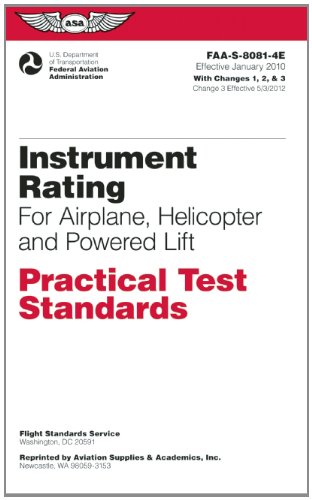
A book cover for Instrument Rating Practical Test Standards for Airplane, Helicopter and Powered Lift: FAA-S-8081-4E (Practical Test Standards series); Federal Aviation Administration (FAA)/Aviation Supplies & Academics (ASA); Engineering & Transportation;